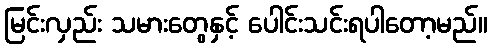
မြင်းလှည်း သမားတွေနှင့် ပေါင်းသင်းရပါတော့မည်။